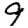
Digit: 9